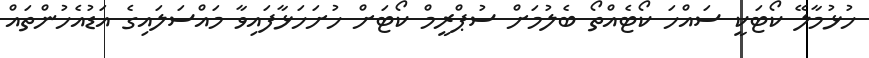
ހުޅުމާލޭ ކޯޓަކީ ސައްހަ ކޯޓެއްތޯ ބެލުމަށް ސުޕްރީމް ކޯޓަށް ހުށަހަޅާފައިވާ މައްސަލައިގެ އަޑުއެހުންތައް